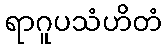
ရာဂူပသံဟိတံ